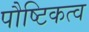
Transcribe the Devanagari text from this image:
पौष्टिकत्व